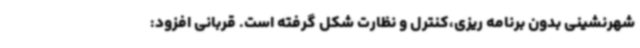
شهرنشینی بدون برنامه ریزی،کنترل و نظارت شکل گرفته است. قربانی افزود: